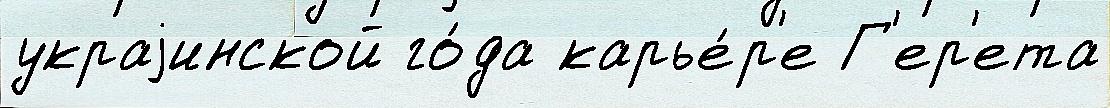
украjинской го́да карье́р'е Г'ер'ета